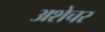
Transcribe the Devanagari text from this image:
अशेचर